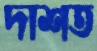
দাশত